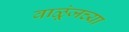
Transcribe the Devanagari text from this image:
वाळूंजच्या